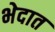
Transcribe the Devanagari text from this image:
भेदात